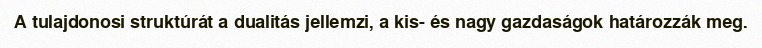
A tulajdonosi struktúrát a dualitás jellemzi, a kis- és nagy gazdaságok határozzák meg.